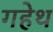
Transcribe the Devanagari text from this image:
गहेथ